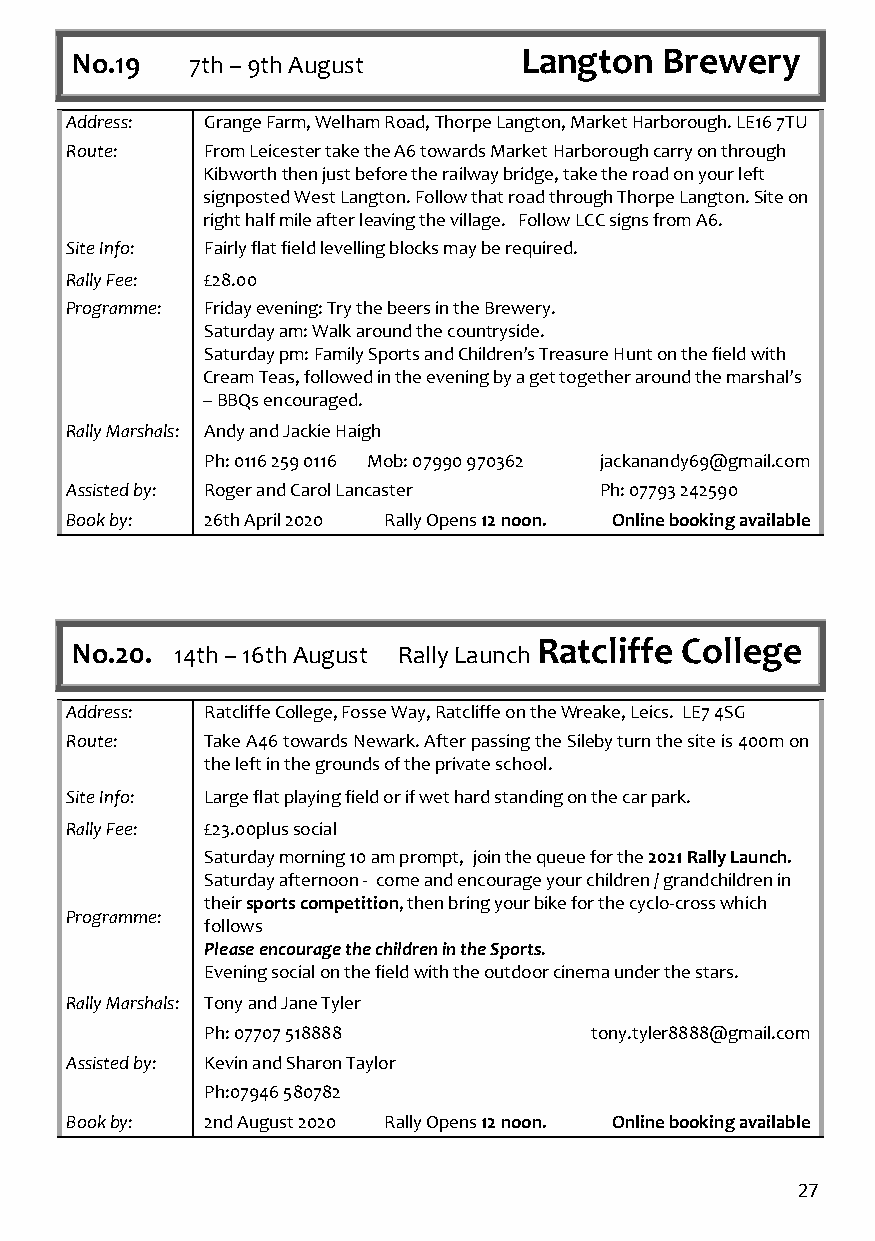
No.19  7th – 9th August      Langton   Brewery
 Address:  Grange Farm, Welham Road, Thorpe Langton, Market Harborough. LE16 7TU
 Route:    From Leicester take the A6 towards Market Harborough carry on through
 Kibworth then just before the railway bridge, take the road on your left
 signposted West Langton. Follow that road through Thorpe Langton. Site on
 right half mile after leaving the village. Follow LCC signs from A6.
 Site Info: Fairly flat field levelling blocks may be required.
 Rally Fee: £28.00
 Programme: Friday evening: Try the beers in the Brewery.
 Saturday am: Walk around the countryside.
 Saturday pm: Family Sports and Children’s Treasure Hunt on the field with
 Cream Teas, followed in the evening by a get together around the marshal’s
 – BBQs encouraged.
 Rally Marshals: Andy and Jackie Haigh
 Ph: 0116 259 0116 Mob: 07990 970362 jackanandy69@gmail.com
 Assisted by: Roger and Carol Lancaster Ph: 07793 242590
 Book by:  26th April 2020 Rally Opens 12 noon. Online booking available
 No.20. 14th – 16th August Rally Launch Ratcliffe College
 Address:  Ratcliffe College, Fosse Way, Ratcliffe on the Wreake, Leics. LE7 4SG
 Route:    Take A46 towards Newark. After passing the Sileby turn the site is 400m on
 the left in the grounds of the private school.
 Site Info: Large flat playing field or if wet hard standing on the car park.
 Rally Fee: £23.00plus social
 Saturday morning 10 am prompt, join the queue for the 2021 Rally Launch.
 Saturday afternoon - come and encourage your children / grandchildren in
 their sports competition, then bring your bike for the cyclo-cross which
 Programme:
 follows
 Please encourage the children in the Sports.
 Evening social on the field with the outdoor cinema under the stars.
 Rally Marshals: Tony and Jane Tyler
 Ph: 07707 518888         tony.tyler8888@gmail.com
 Assisted by: Kevin and Sharon Taylor
 Ph:07946 580782
 Book by:  2nd August 2020 Rally Opens 12 noon. Online booking available
 27